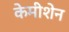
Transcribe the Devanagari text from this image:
केमीशेन